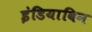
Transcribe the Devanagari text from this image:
इंडियाविन